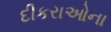
દીકરાઓના